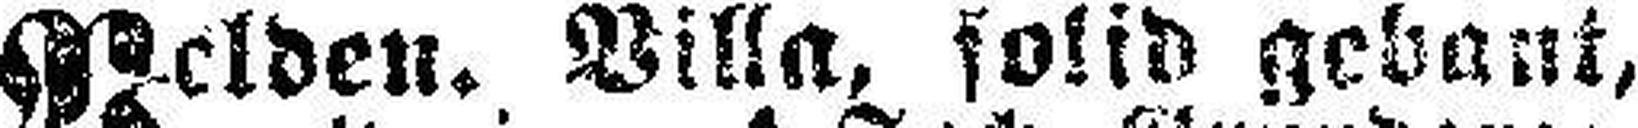
Velden. Villa, solid gebaut,